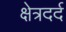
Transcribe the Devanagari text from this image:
क्षेत्रदर्द